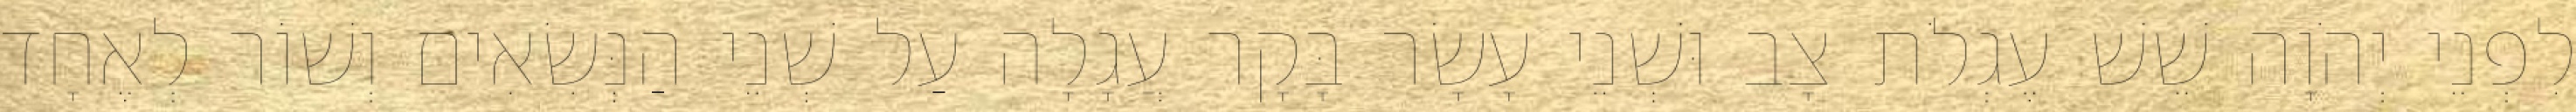
לִפְנֵי יְהֹוָה שֵׁשׁ עֶגְלֹת צָב וּשְׁנֵי עָשָׂר בָּקָר עֲגָלָה עַל שְׁנֵי הַנְּשִׂאִים וְשׁוֹר לְאֶחָד